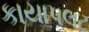
કાયાપલટ